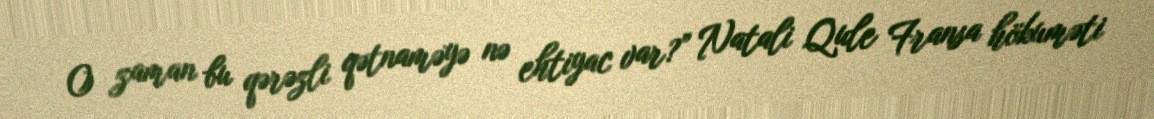
O zaman bu qərəzli qətnaməyə nə ehtiyac var?” Natali Qule Fransa hökuməti